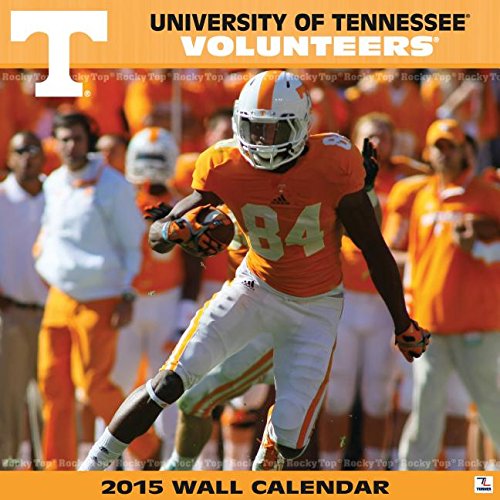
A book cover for Tennessee Volunteers; Calendars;